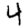
Digit: 4